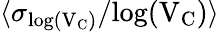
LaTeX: \langle\sigma_{\mathrm{{log}(V_{C})}}/\mathrm{{log}(V_{C})\rangle}